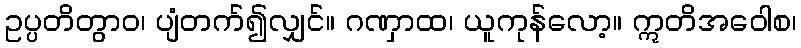
ဥပ္ပတိတွာဝ၊ ပျံတက်၍လျှင်။ ဂဏှာထ၊ ယူကုန်လော့။ ဣတိအဝေါစ၊